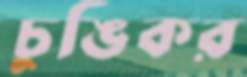
চুঙিকর